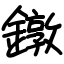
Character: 鐓